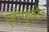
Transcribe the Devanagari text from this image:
एरोफ्लोट